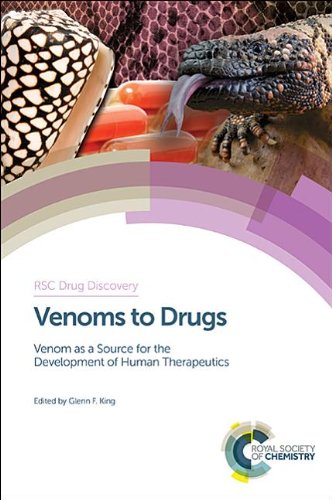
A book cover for Venoms to Drugs: Venom as a Source for the Development of Human Therapeutics (RSC Drug Discovery); Medical Books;